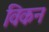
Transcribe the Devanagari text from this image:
विकन